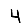
Digit: 4